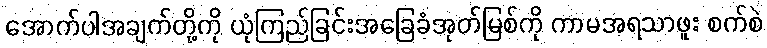
အောက်ပါအချက်တို့ကို ယုံကြည်ခြင်းအခြေခံအုတ်မြစ်ကို ကာမအရသာဖူး စက်စဲ